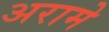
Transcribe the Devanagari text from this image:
अरामे